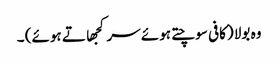
وہ بولا (کافی سوچتے ہوئے سر کجھاتے ہوئے) ۔